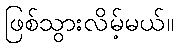
ဖြစ်သွားလိမ့်မယ်။